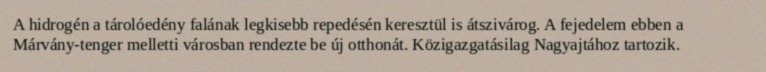
A hidrogén a tárolóedény falának legkisebb repedésén keresztül is átszivárog. A fejedelem ebben a Márvány-tenger melletti városban rendezte be új otthonát. Közigazgatásilag Nagyajtához tartozik.